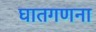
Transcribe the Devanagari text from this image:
घातगणना